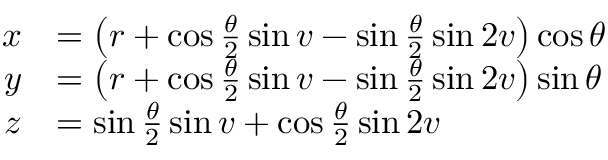
{ \begin{array} { r l } { x } & { = \left( r + \cos { \frac { \theta } { 2 } } \sin v - \sin { \frac { \theta } { 2 } } \sin 2 v \right) \cos \theta } \\ { y } & { = \left( r + \cos { \frac { \theta } { 2 } } \sin v - \sin { \frac { \theta } { 2 } } \sin 2 v \right) \sin \theta } \\ { z } & { = \sin { \frac { \theta } { 2 } } \sin v + \cos { \frac { \theta } { 2 } } \sin 2 v } \end{array} }